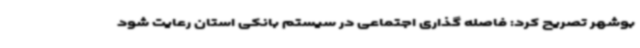
بوشهر تصریح کرد: فاصله گذاری اجتماعی در سیستم بانکی استان رعایت شود